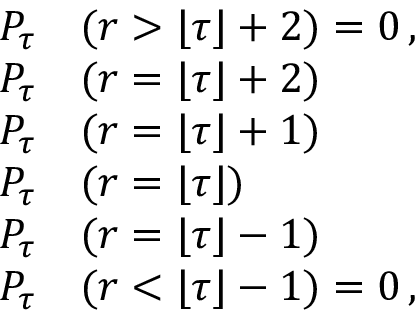
\begin{array} { r l } { P _ { \tau } } & { { } ( r > \lfloor \tau \rfloor + 2 ) = 0 \, , } \\ { P _ { \tau } } & { { } ( r = \lfloor \tau \rfloor + 2 ) } \\ { P _ { \tau } } & { { } ( r = \lfloor \tau \rfloor + 1 ) } \\ { P _ { \tau } } & { { } ( r = \lfloor \tau \rfloor ) } \\ { P _ { \tau } } & { { } ( r = \lfloor \tau \rfloor - 1 ) } \\ { P _ { \tau } } & { { } ( r < \lfloor \tau \rfloor - 1 ) = 0 \, , } \end{array}